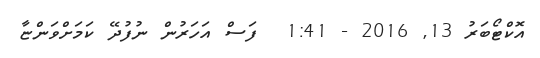
އޮކްޓޯބަރު 13